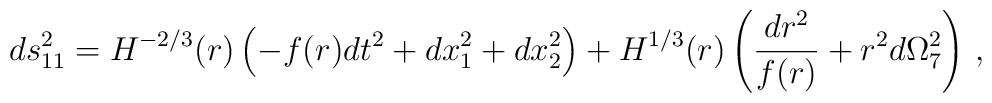
ds^2_{11} = H^{-2/3}(r) \left( -f(r)dt^2 + dx_1^2 +dx_2^2\right) +H^{1/3}(r)\left( \frac{dr^2}{f(r)}+r^2 d\Omega_{7}^2\right)\,,